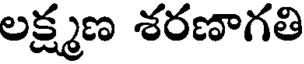
లక్ష్మణ శరణాగతి